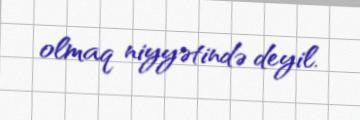
olmaq niyyətində deyil.